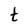
Character: t